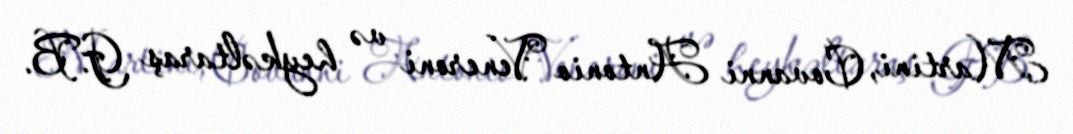
Martini, Covanni Antonio Veneroni və heykəltaraş G.B.